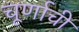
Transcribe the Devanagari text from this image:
चूर्णाची